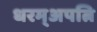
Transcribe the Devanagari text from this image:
धरम्अपत्नि